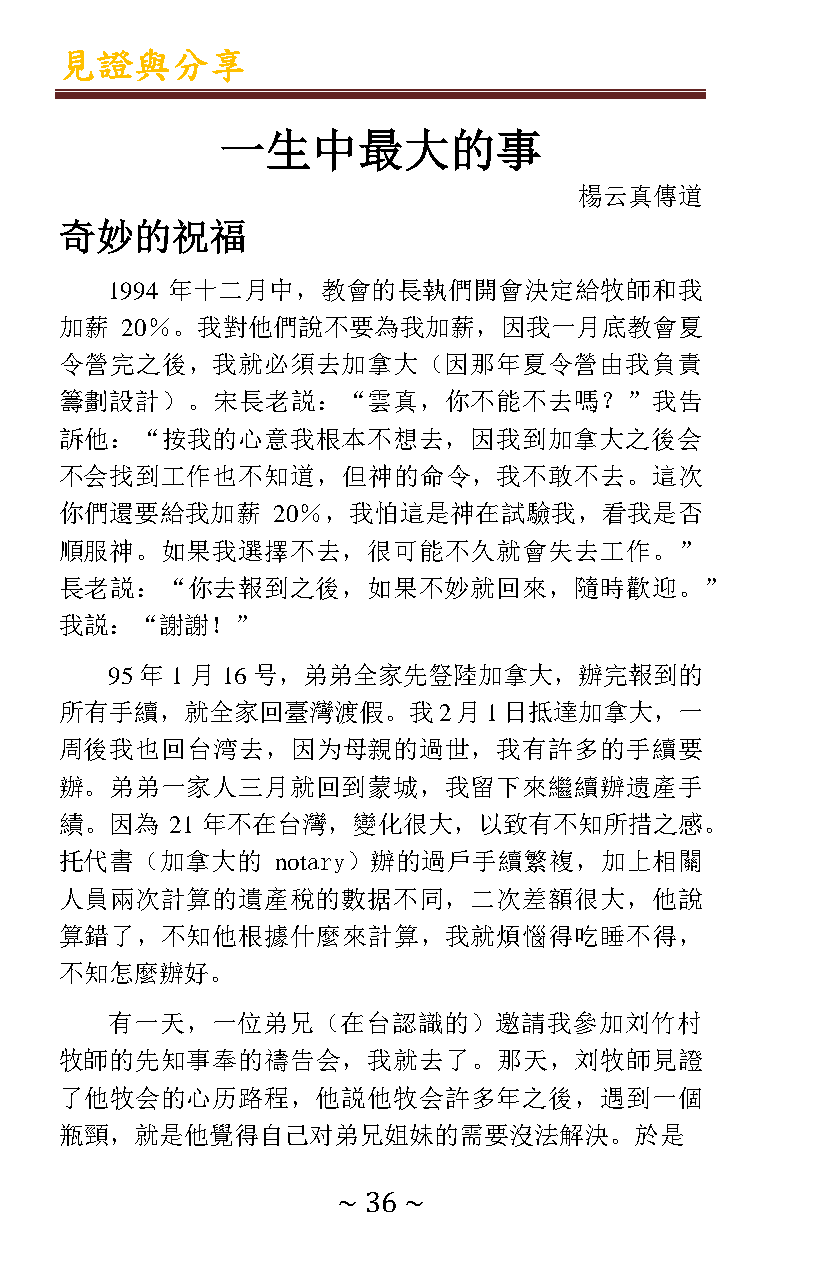
見證與分享
 一生中最大的事
 楊云真傳道
 奇妙的祝福
 1994 年十二月中，教會的長執們開會決定給牧師和我
 加薪  20％。我對他們說不要為我加薪，因我一月底教會夏
 令營完之後，我就必須去加拿大（因那年夏令營由我負責
 籌劃設計）。宋長老説：“雲真，你不能不去嗎？”我吿
 訴他：“按我的心意我根本不想去，因我到加拿大之後会
 不会找到工作也不知道，但神的命令，我不敢不去。這次
 你們還要給我加薪      20％，我怕這是神在試驗我，看我是否
 順服神。如果我選擇不去，很可能不久就會失去工作。”
 長老説：“你去報到之後，如果不妙就回來，隨時歡迎。”
 我説：“謝謝！”
 95年 1月  16号，弟弟全家先豋陸加拿大，辦完報到的
 所有手續，就全家回臺灣渡假。我2月1日抵達加拿大，一
 周後我也回台湾去，因为母親的過世，我有許多的手續要
 辦。弟弟一家人三月就回到蒙城，我留下來繼續辦遗產手
 績。因為   21 年不在台灣，變化很大，以致有不知所措之感。
 托代書（加拿大的      notary）辦的過戶手續繁複，加上相關
 人員兩次計算的遺產稅的數据不同，二次差額很大，他說
 算錯了，不知他根據什麼來計算，我就煩惱得吃睡不得，
 不知怎麼辦好。
 有一天，一位弟兄（在台認識的）邀請我參加刘竹村
 牧師的先知事奉的禱告会，我就去了。那天，刘牧師見證
 了他牧会的心历路程，他説他牧会許多年之後，遇到一個
 瓶頸，就是他覺得自己对弟兄姐妹的需要沒法解決。於是
 ~ 36 ~